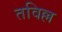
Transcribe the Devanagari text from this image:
तविल्ल